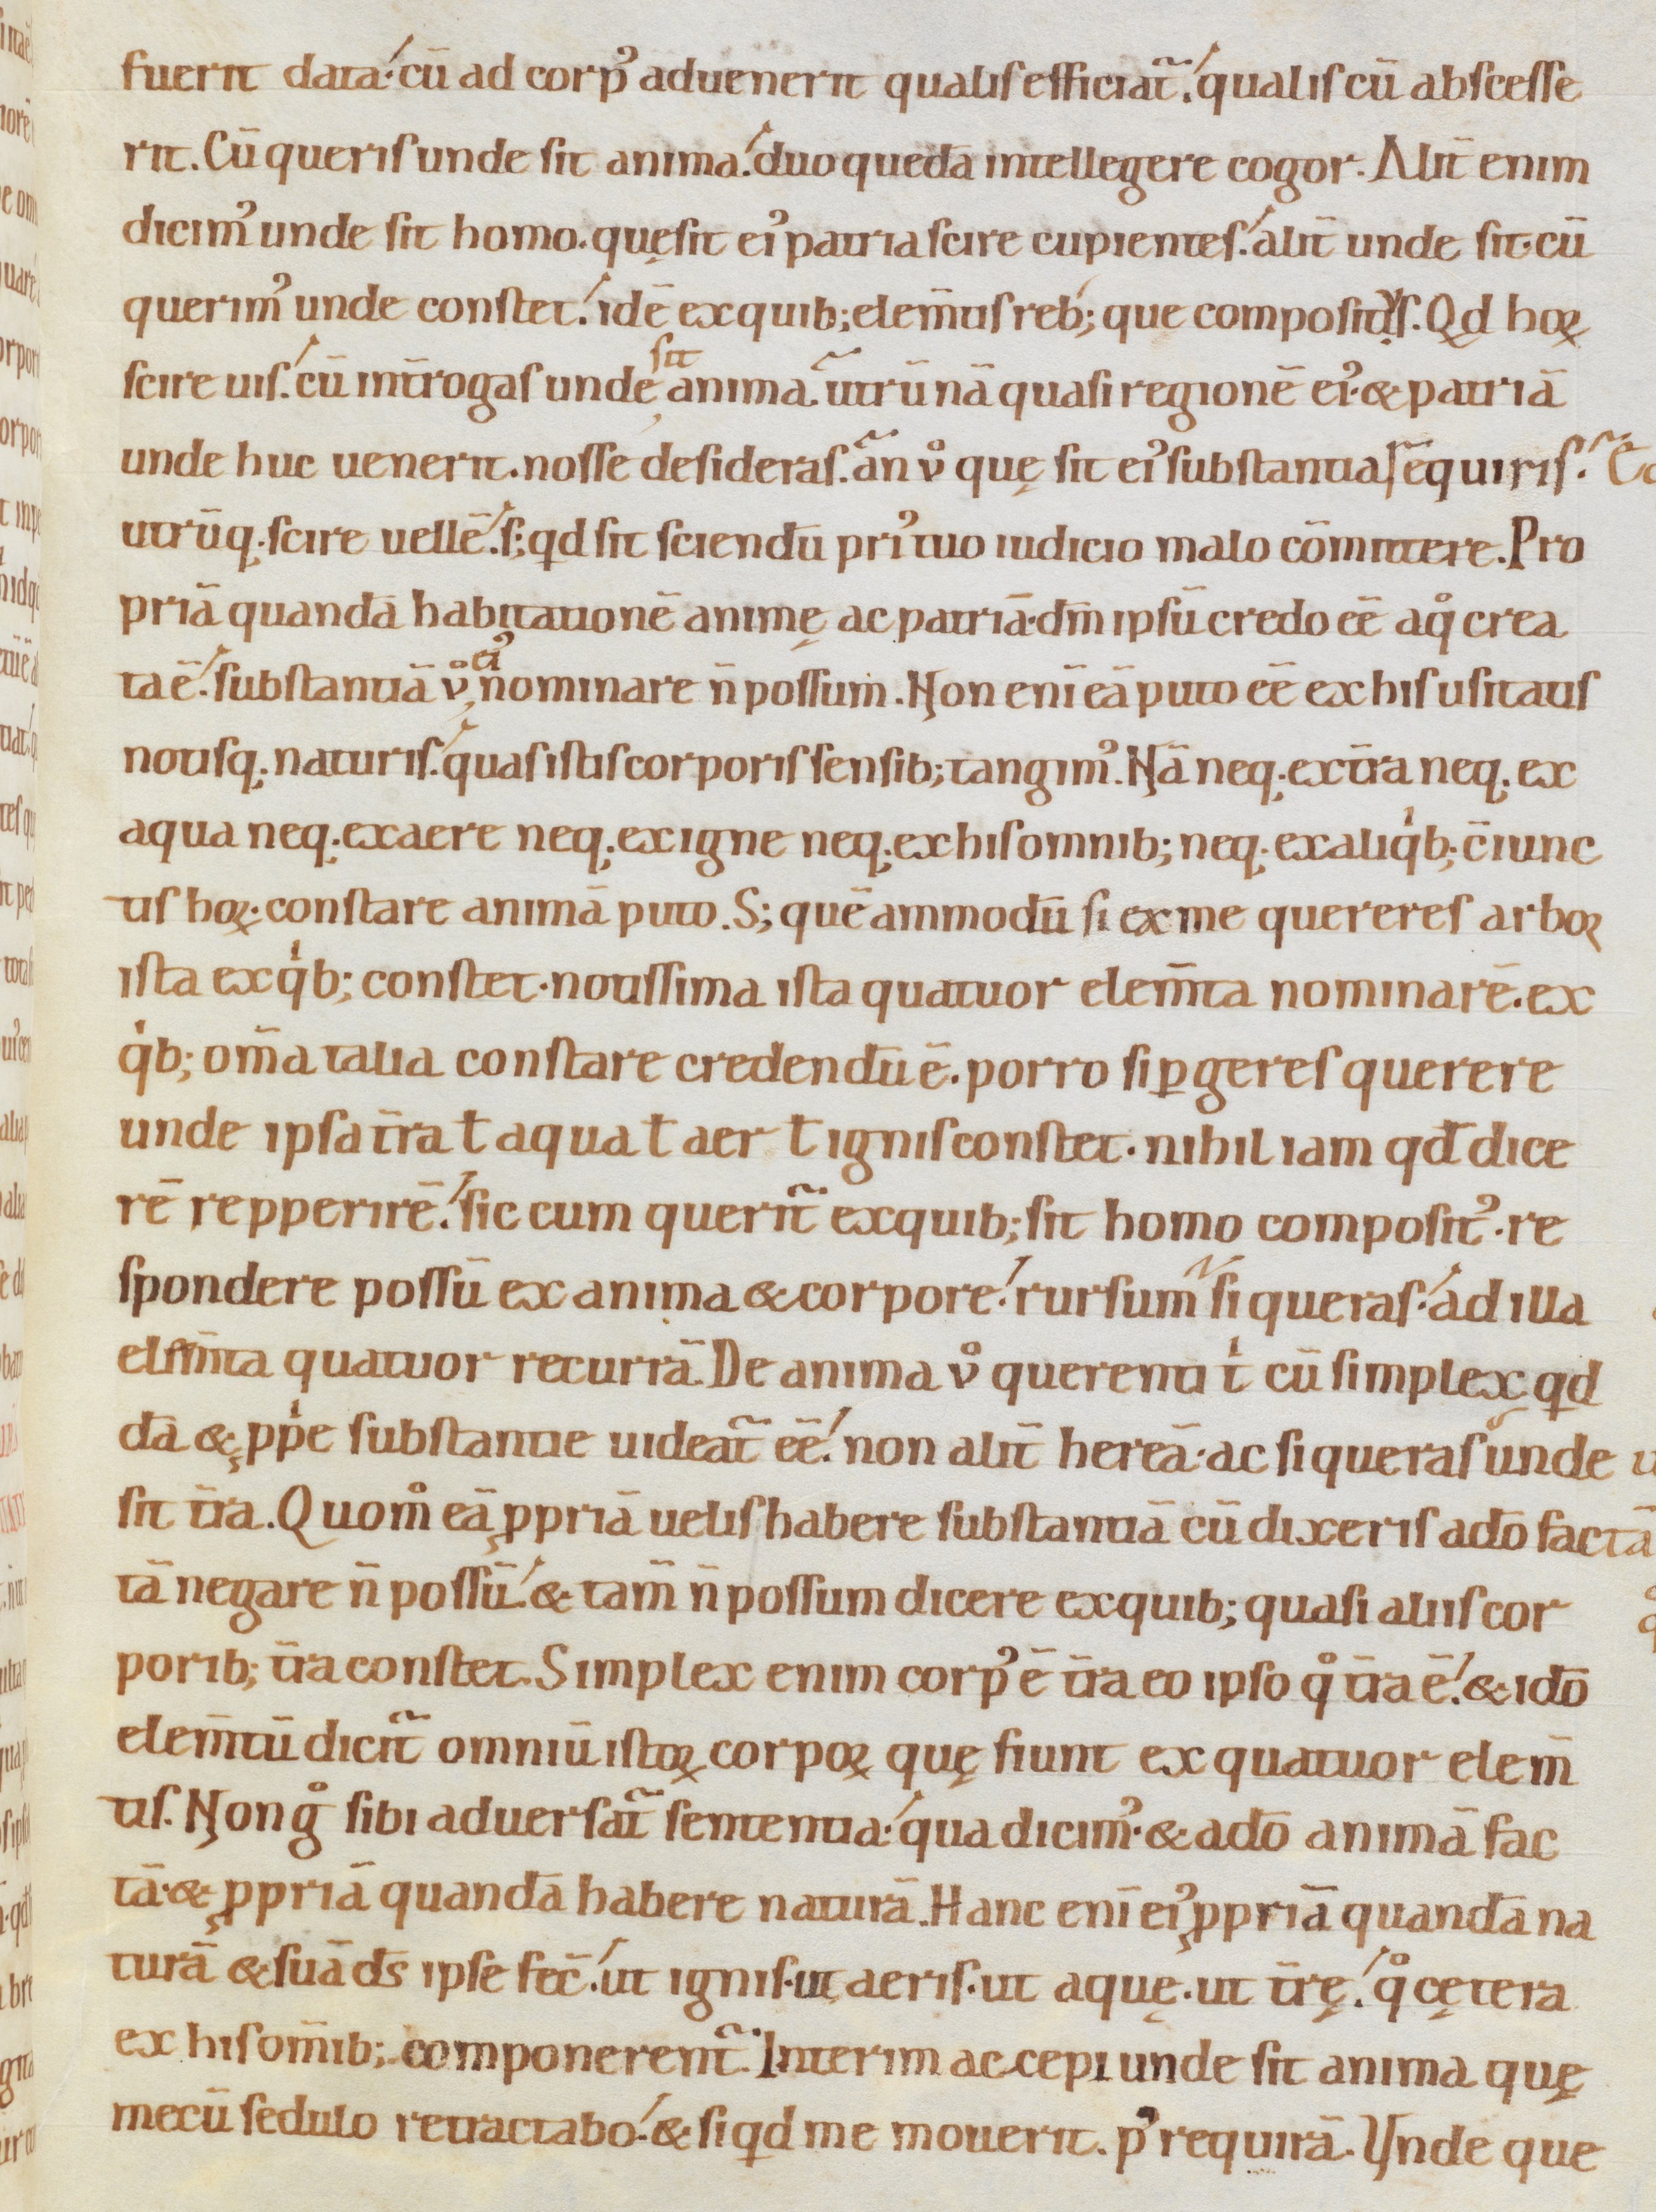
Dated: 1080–1096